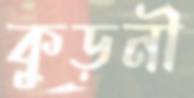
কুড়নী